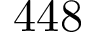
4 4 8